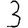
Digit: 3